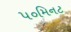
૫૦મિનટ